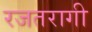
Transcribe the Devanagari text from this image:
रजतरागी